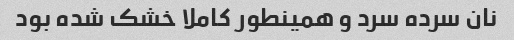
نان سرده سرد و همینطور کاملا خشک شده بود